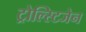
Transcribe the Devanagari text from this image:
ट्रोल्स्टिजेन